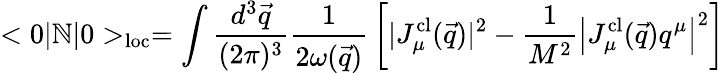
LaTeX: <0|\mathbb{N}|0>_{\mathrm{{loc}}}=\int{\frac{{d^{3}\vec{{q}}}}{{(2\pi)^{3}}}}{\frac{{1}}{{2\omega(\vec{{q}})}}}\left[|J_{\mu}^{\mathrm{{cl}}}(\vec{{q}})|^{2}-{\frac{{1}}{{M^{2}}}}\left|J_{\mu}^{\mathrm{{cl}}}(\vec{{q}})q^{\mu}\right|^{2}\right]